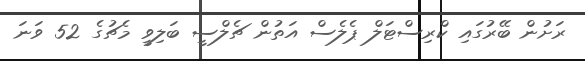
ރަށުން ބޭރުގައި ކްރިސްޓަލް ޕެލެސް އަތުން ޗެލްސީ ބަލިވީ މެޗުގެ 52 ވަނަ